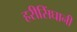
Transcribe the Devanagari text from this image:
हरीसिंघानी